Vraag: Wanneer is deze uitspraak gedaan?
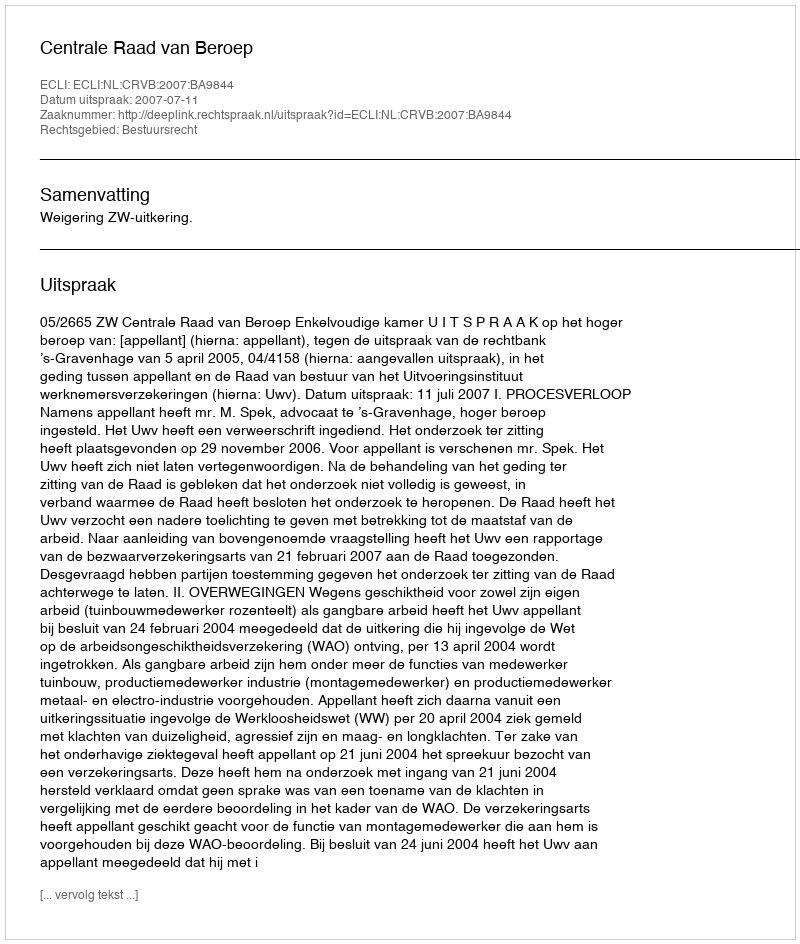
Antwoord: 2007-07-11